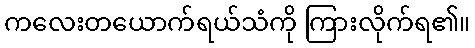
ကလေးတယောက်ရယ်သံကို ကြားလိုက်ရ၏။